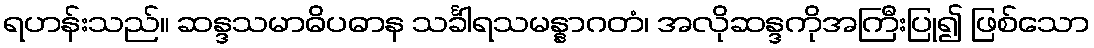
ရဟန်းသည်။ ဆန္ဒသမာဓိပဓာန သင်္ခါရသမန္နာဂတံ၊ အလိုဆန္ဒကိုအကြီးပြု၍ ဖြစ်သော